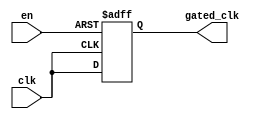
module clock_gating_buffer (
    input wire clk,          // Main clock signal
    input wire en,          // Enable signal for clock gating
    output reg gated_clk     // Gated clock output
);

// Internal signal to hold the gated clock state
reg clk_en;

always @(posedge clk or negedge en) begin
    if (!en) begin
        // When enable is low, hold the gated clock low
        gated_clk <= 1'b0;
    end else begin
        // When enable is high, propagate the clock
        gated_clk <= clk;
    end
end

endmodule